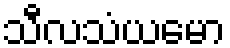
သီလသံယမော